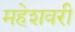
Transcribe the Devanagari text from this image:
महेशवरी